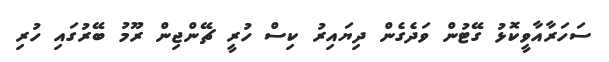
ސަހަރާއާވީކޮޅު ގޭޓުން ވަދެގެން ދިޔައިރު ކިސް ހުރީ ޗޭންޖިން ރޫމު ބޭރުގައި ހުރި